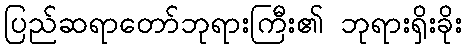
ပြည်ဆရာတော်ဘုရားကြီး၏ ဘုရားရှိးခိုး